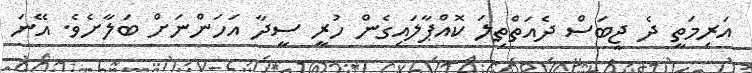
އަރިމަތީ ދެ ޖީބަސް ދެއަތްތިލަ ކޮއްޕާލައިގެން ހުރީ ސީދާ އަހަންނަށް ބަލާށެވެ. އޭނަ